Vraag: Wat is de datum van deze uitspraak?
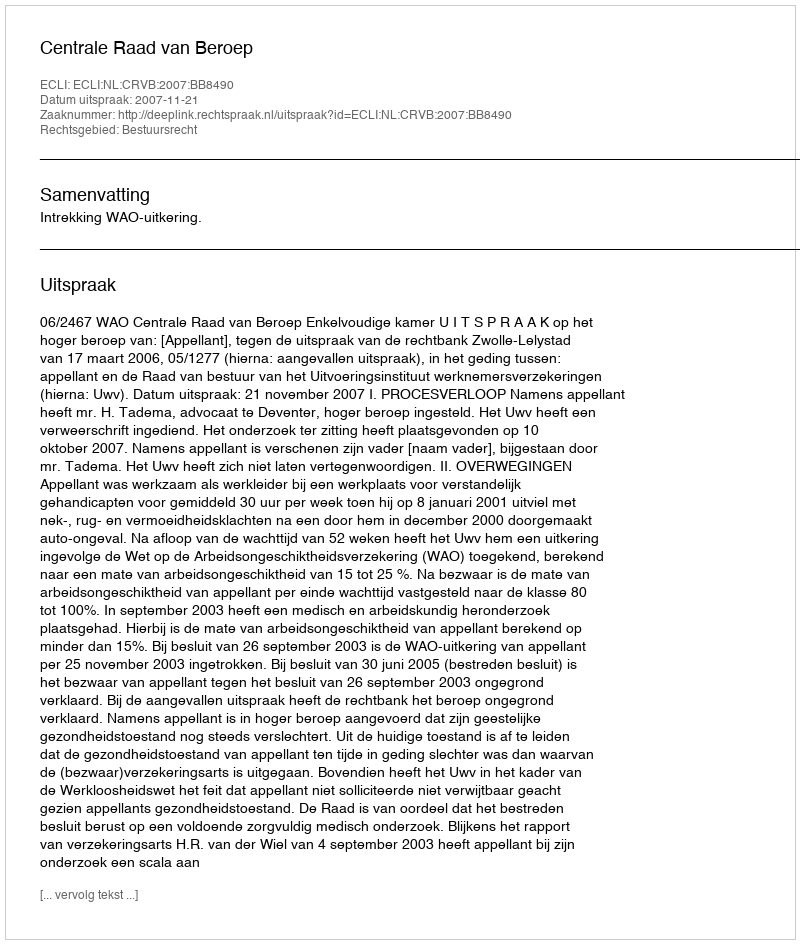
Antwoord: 2007-11-21